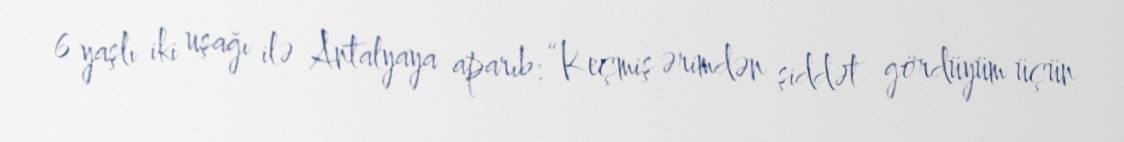
6 yaşlı iki uşağı ilə Antalyaya aparıb: “Keçmiş ərimdən şiddət gördüyüm üçün